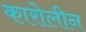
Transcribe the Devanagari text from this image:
कारोलीन